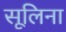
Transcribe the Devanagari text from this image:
सूलिना